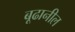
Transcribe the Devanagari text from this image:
बूढानील